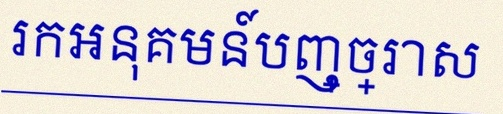
រកអនុគមន៍បញ្ច្រាស